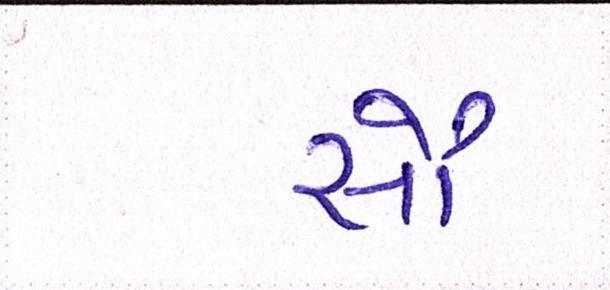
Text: સૌ